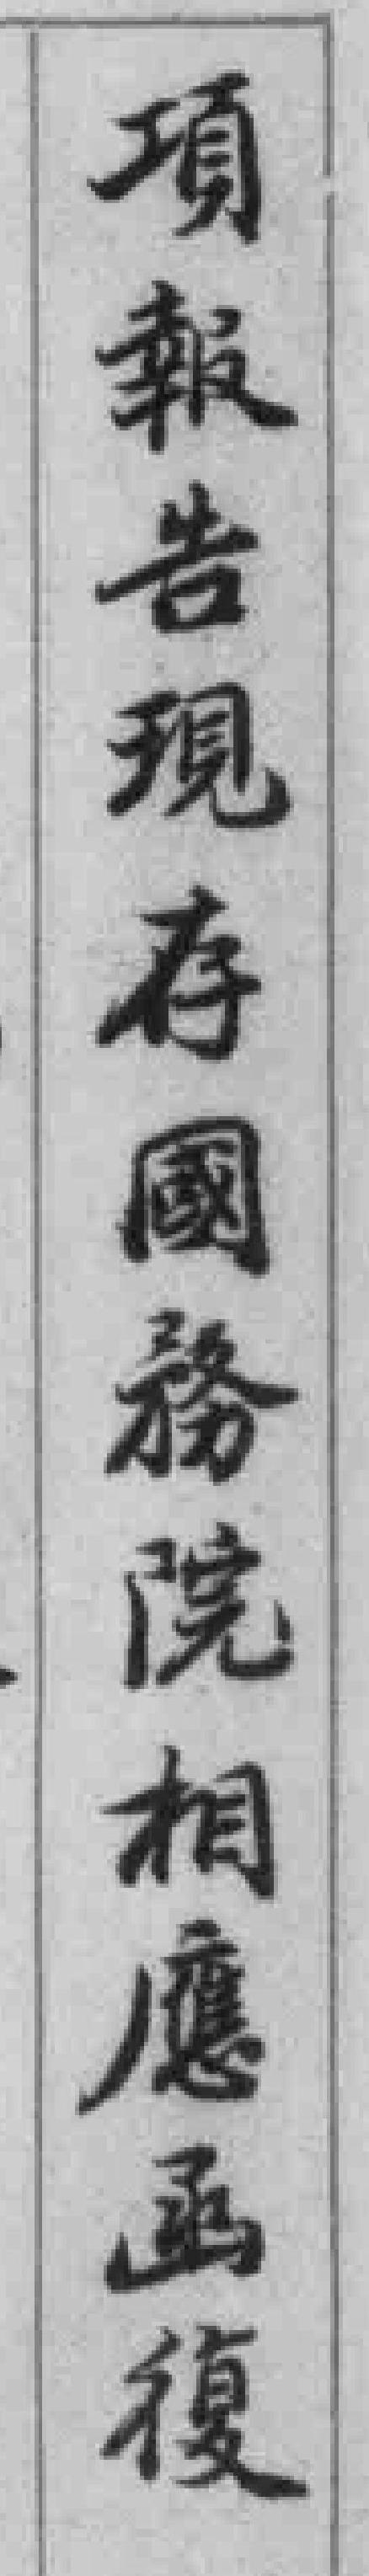
項報告現存國務院相應函復